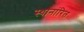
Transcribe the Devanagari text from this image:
स्थानांरित